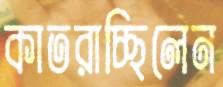
কাতরাচ্ছিলেন